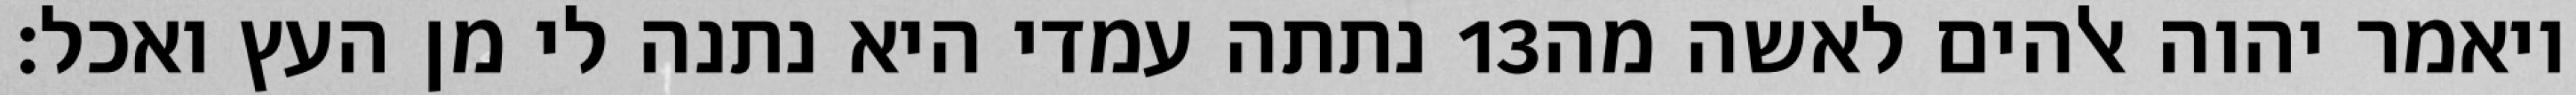
נתתה עמדי היא נתנה לי מן העץ ואכל׃ ‎13‏ ויאמר יהוה אלהים לאשה מה